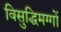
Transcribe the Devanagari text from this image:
विसुद्धिमग्गों